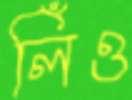
লিঁও